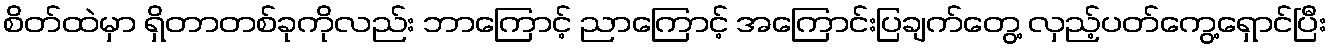
စိတ်ထဲမှာ ရှိတာတစ်ခုကိုလည်း ဘာကြောင့် ညာကြောင့် အကြောင်းပြချက်တွေ့ လှည့်ပတ်ကွေ့ရှောင်ပြီး